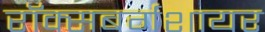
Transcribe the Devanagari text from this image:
रॉक्सबर्गशायर